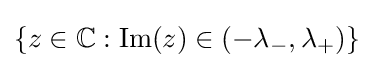
\{z\in \mathbb {C} :\operatorname {Im} (z)\in (-\lambda _{-},\lambda _{+})\}